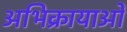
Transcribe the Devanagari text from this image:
अभिक्रायाओं